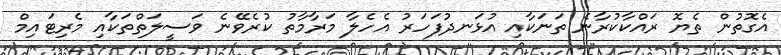
އެގޮތުން ތެޔޮ ރައްކާކުރާނެ ތަނަކާއި އުޅަނދުފަހަރު އެހެލާ މަރާމާތު ކުރެވޭނެ ވަސީލަތްތަކާއި މެރިޓައިމް